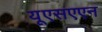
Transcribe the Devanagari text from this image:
यूएसएएन